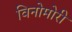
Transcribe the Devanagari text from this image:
विनोमोरी